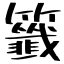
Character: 籤